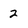
Character: 2